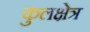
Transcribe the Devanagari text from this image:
कुलक्षेत्र